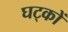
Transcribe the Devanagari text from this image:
घट्कों